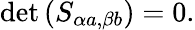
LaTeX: \operatorname*{det}\left(S_{\alpha a,\beta b}\right)=0.